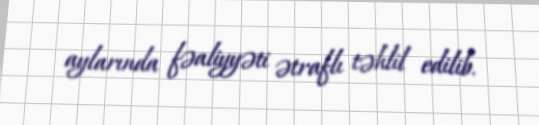
aylarında fəaliyyəti ətraflı təhlil edilib.